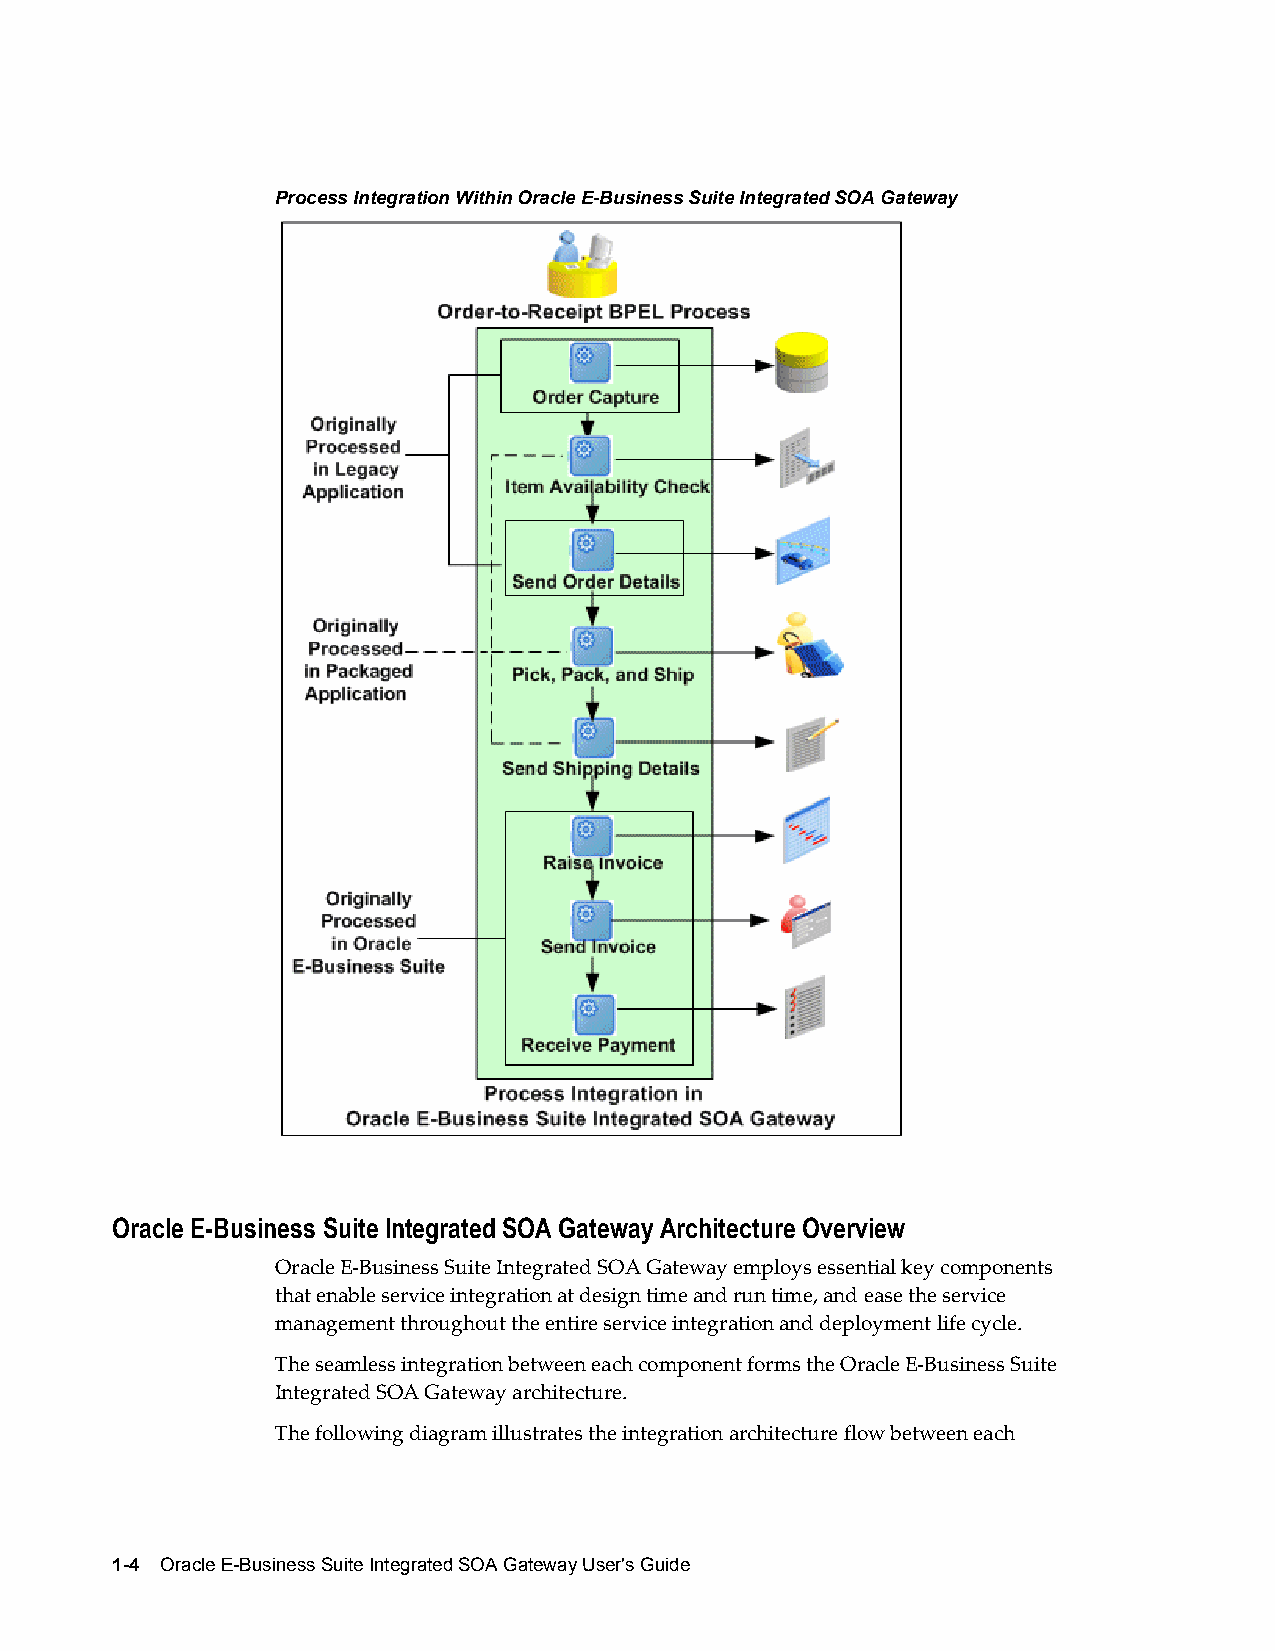
Process Integration Within Oracle E-Business Suite Integrated SOA Gateway
 Oracle E-Business Suite Integrated SOA Gateway Architecture Overview
 Oracle E-Business Suite Integrated SOA Gateway employs essential key components
 that enable service integration at design time and run time, and ease the service
 management throughout the entire service integration and deployment life cycle.
 The seamless integration between each component forms the Oracle E-Business Suite
 Integrated SOA Gateway architecture.
 The following diagram illustrates the integration architecture flow between each
 1-4 Oracle E-Business Suite Integrated SOA Gateway User's Guide